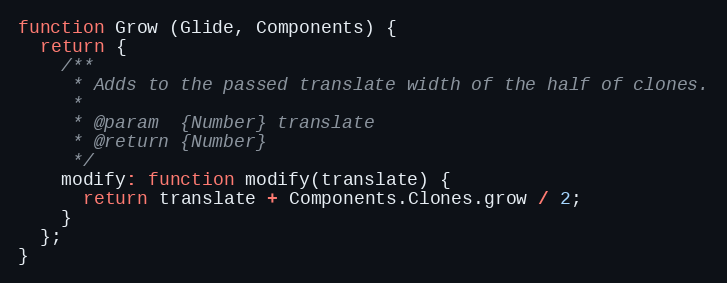
Language: JavaScript
function Grow (Glide, Components) {
  return {
    /**
     * Adds to the passed translate width of the half of clones.
     *
     * @param  {Number} translate
     * @return {Number}
     */
    modify: function modify(translate) {
      return translate + Components.Clones.grow / 2;
    }
  };
}